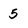
Character: 5